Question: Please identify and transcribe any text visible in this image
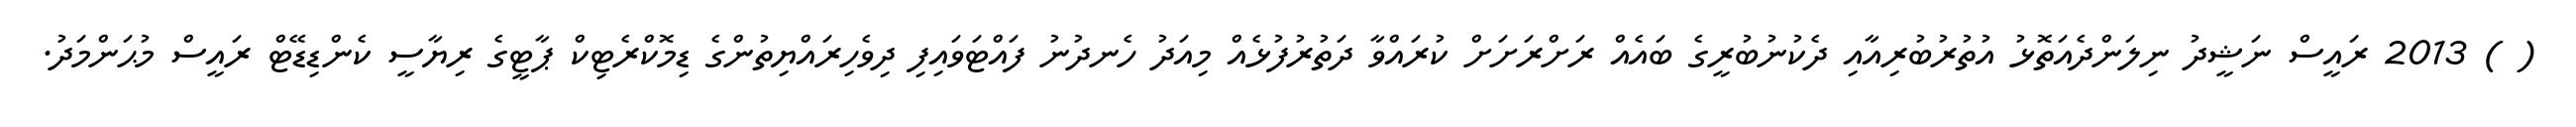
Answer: ( ) 2013 ރައީސް ނަޝީދު ނިލަންދެއަތޮޅު އުތުރުބުރިއާއި ދެކުނުބުރީގެ ބައެއް ރަށްރަށަށް ކުރައްވާ ދަތުރުފުޅެއް މިއަދު ހެނދުނު ފައްޓަވައިފި ދިވެހިރައްޔިތުންގެ ޑިމޮކްރެޓިކް ޕާޓީގެ ރިޔާސީ ކެންޑިޑޭޓް ރައީސް މުޙަންމަދު.